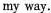
my way.